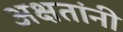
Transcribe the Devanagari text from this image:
अक्षतांनी